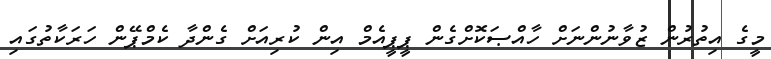
މީގެ އިތުުރުން ޒުވާނުންނަށް ހާއްޞަކޮށްގެން ޕީޕީއެމް އިން ކުރިއަށް ގެންދާ ކެމްޕޭން ހަރަކާތުގައި